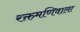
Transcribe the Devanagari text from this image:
रक्तमणिवाला